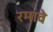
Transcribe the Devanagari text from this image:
रमावे